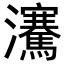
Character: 𪸋